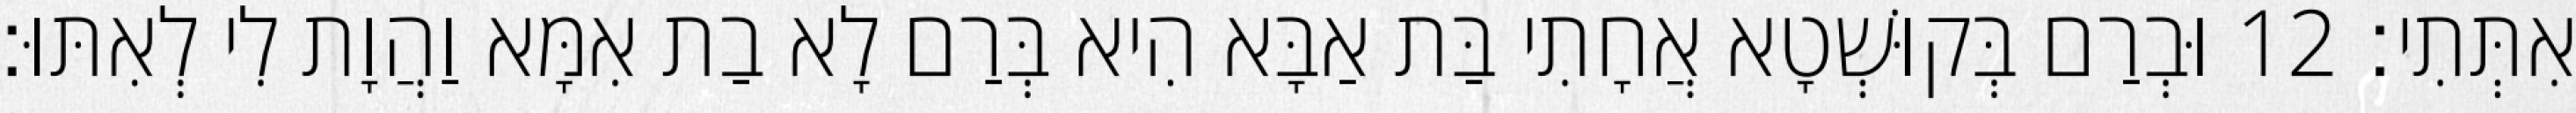
אִתְּתִי׃ 12 וּבְרַם בְּקוּשְׁטָא אֲחָתִי בַּת אַבָּא הִיא בְּרַם לָא בַת אִמָּא וַהֲוָת לִי לְאִתּוּ׃